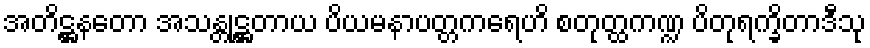
အတိဋ္ဌနတော အသန္တုဋ္ဌတာယ ပိယမနာပတ္တကရေဟိ စတုတ္ထကဏ္ဍ ပိတုရက္ခိတာဒီသု